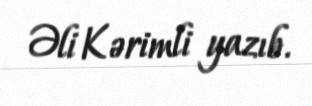
Əli Kərimli yazıb.